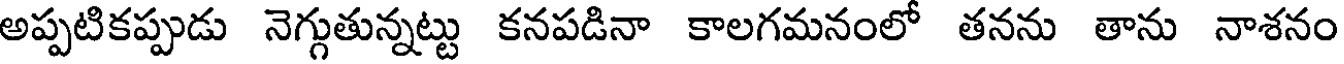
అప్పటికప్పుడు నెగ్గుతున్నట్టు కనపడినా కాలగమనంలో తనను తాను నాశనం